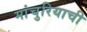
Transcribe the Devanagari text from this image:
मांचुरियाची